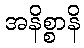
အနိစ္စာနိ